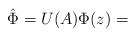
\begin{align*}\hat{\Phi}=U(A)\Phi(z)=\end{align*}